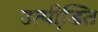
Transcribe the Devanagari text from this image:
उत्पीडि़त